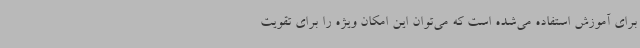
برای آموزش استفاده می‌شده است که می‌توان این امکان ویژه را برای تقویت